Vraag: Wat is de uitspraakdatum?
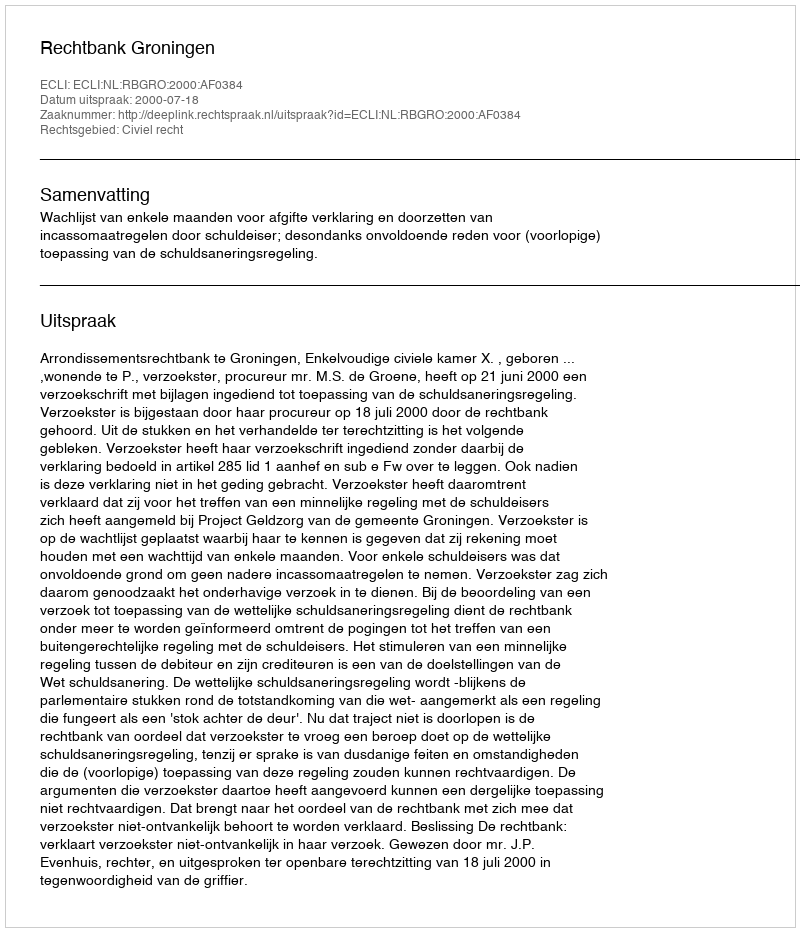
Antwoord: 2000-07-18